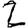
Digit: 2